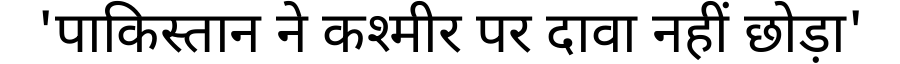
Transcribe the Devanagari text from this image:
'पाकिस्तान ने कश्मीर पर दावा नहीं छोड़ा'